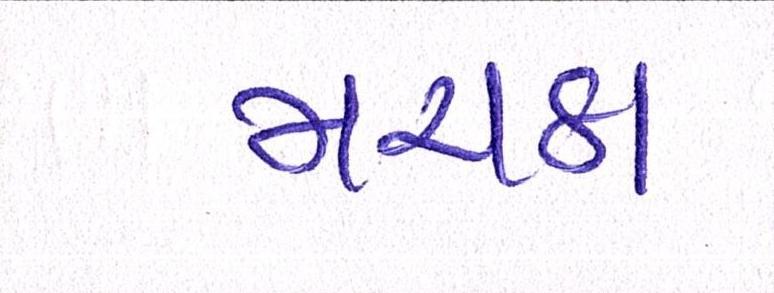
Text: મરાઠા